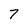
Character: 7